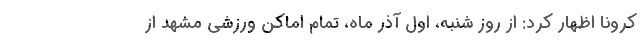
کرونا اظهار کرد: از روز شنبه، اول آذر ماه، تمام اماکن ورزشی مشهد از